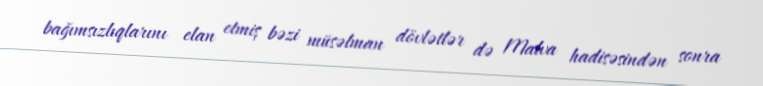
bağımsızlıqlarını elan etmiş bəzi müsəlman dövlətlər də Malva hadisəsindən sonra